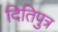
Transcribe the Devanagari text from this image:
दितिपुत्र